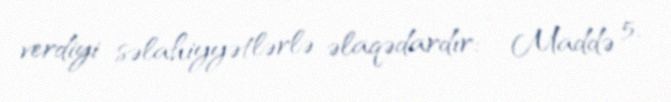
verdiyi səlahiyyətlərlə əlaqədardır: - Maddə 5.